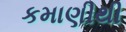
કમાણીથી